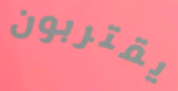
يقتربون